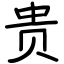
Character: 贵